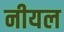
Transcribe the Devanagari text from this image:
नीयल